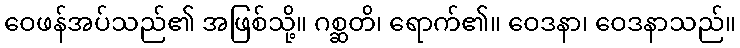
ဝေဖန်အပ်သည်၏ အဖြစ်သို့။ ဂစ္ဆတိ၊ ရောက်၏။ ဝေဒနာ၊ ဝေဒနာသည်။